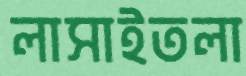
লাসাইতলা